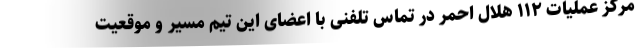
مرکز عملیات ۱۱۲ هلال احمر در تماس تلفنی با اعضای این تیم مسیر و موقعیت